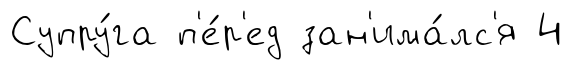
Супру́га п'е́р'ед зан'има́лс'я 4